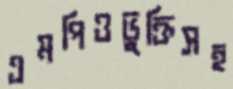
এমপিওভুক্তিসহ